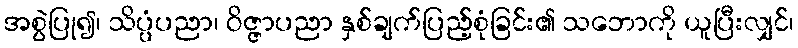
အစွဲပြု၍၊ သိပ္ပံပညာ၊ ဝိဇ္ဇာပညာ နှစ်ချက်ပြည့်စုံခြင်း၏ သဘောကို ယူပြီးလျှင်၊